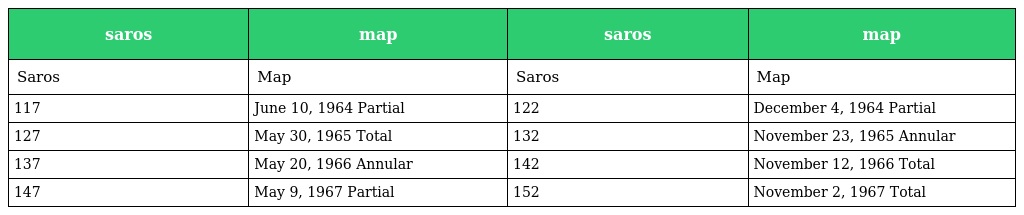
| saros | map | saros | map |
 | --- | --- | --- | --- |
 | Saros | Map | Saros | Map |
 | 117 | June 10, 1964 Partial | 122 | December 4, 1964 Partial |
 | 127 | May 30, 1965 Total | 132 | November 23, 1965 Annular |
 | 137 | May 20, 1966 Annular | 142 | November 12, 1966 Total |
 | 147 | May 9, 1967 Partial | 152 | November 2, 1967 Total |